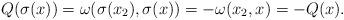
LaTeX: \begin{align*}Q(\sigma(x))=\omega(\sigma(x_2),\sigma(x))=-\omega(x_2,x)=-Q(x).\end{align*}